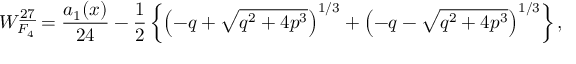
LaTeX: W _ { F _ { 4 } } ^ { \underline { { { 2 7 } } } } = { \frac { a _ { 1 } ( x ) } { 2 4 } } - { \frac { 1 } { 2 } } \left\{ \left( - q + \sqrt { q ^ { 2 } + 4 p ^ { 3 } } \right) ^ { 1 / 3 } + \left( - q - \sqrt { q ^ { 2 } + 4 p ^ { 3 } } \right) ^ { 1 / 3 } \right\} ,